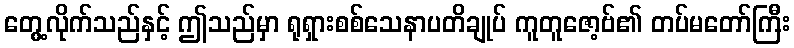
တွေ့လိုက်သည်နှင့် ဤသည်မှာ ရုရှားစစ်သေနာပတိချုပ် ကူတူဇော့ဗ်၏ တပ်မတော်ကြီး